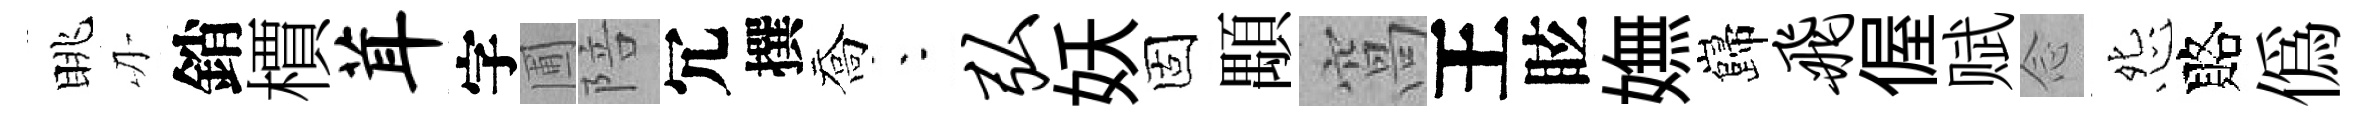
眺刃銷檟茸字圃陪冗撰喬朱弘妖固顒窩王眩嫵巋飞偓赋𫝹怨賂僞